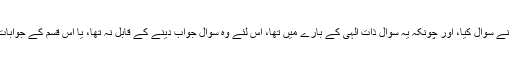
اور مسلم نے ابو ہریرہ سے روایت کیا ہے کہ مجھ سے اس بارے میں دو آدمیوں نے سوال کیا، اور چونکہ یہ سوال ذات الہی کے بارے میں تھا، اس لئے وہ سوال جواب دینے کے قابل نہ تھا، یا اس قسم کے جوابات سے باز رہنا، صفات و ذات میں غور و خوض سے باز رہنے کے مترادف ہے۔